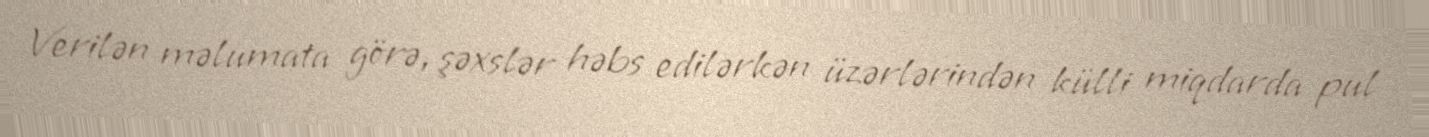
Verilən məlumata görə, şəxslər həbs edilərkən üzərlərindən külli miqdarda pul